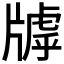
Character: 𤗭